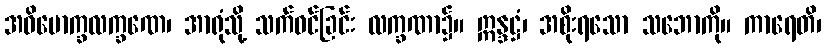
အဓိမောက္ခလက္ခဏေ၊ အာရုံသို့ သက်ဝင်ခြင်း လက္ခဏာ၌။ ဣန္ဒဋ္ဌံ၊ အစိုးရသော သဘောကို။ ကာရေတိ၊